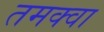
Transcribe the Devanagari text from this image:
तमक्वा